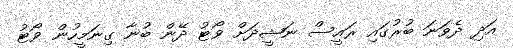
އަދި ދެވަނަ ބުރުގައި ރައީސް ނަޝީދަށް ވޯޓު ދޭން ބުނާ ގިނަމީހުން ވޯޓު